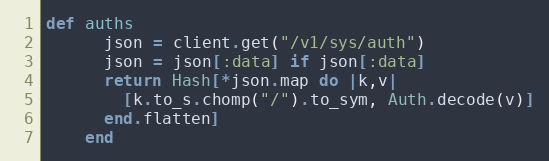
Language: Ruby
def auths
      json = client.get("/v1/sys/auth")
      json = json[:data] if json[:data]
      return Hash[*json.map do |k,v|
        [k.to_s.chomp("/").to_sym, Auth.decode(v)]
      end.flatten]
    end